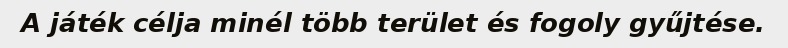
A játék célja minél több terület és fogoly gyűjtése.